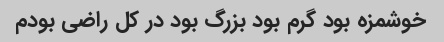
خوشمزه بود گرم بود بزرگ بود در کل راضی بودم